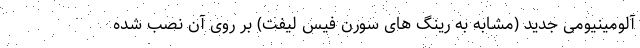
آلومینیومی جدید (مشابه به رینگ های سورن فیس لیفت) بر روی آن نصب شده